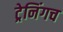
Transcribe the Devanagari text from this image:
ट्रेनिंगच